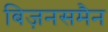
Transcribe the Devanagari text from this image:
बिज़नसमैन